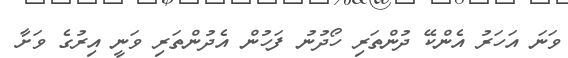
ވަނަ އަހަރު އެންކޭ ދުންތަރި ހޯދުނު ފަހުން އެދުންތަރި ވަނީ އިރުގެ ވަށާ